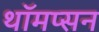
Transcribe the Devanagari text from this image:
थॉमप्सन